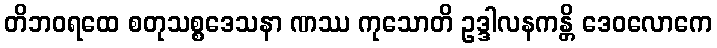
တိဘဝရထေ စတုသစ္စဒေသနာ ဏဿ ကုသောတိ ဥဒ္ဒါလနကန္တိ ဒေဝလောကေ